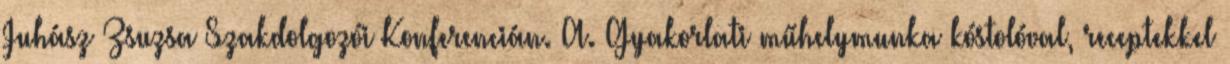
Juhász Zsuzsa Szakdolgozói Konferencián. A. Gyakorlati műhelymunka kóstolóval, receptekkel